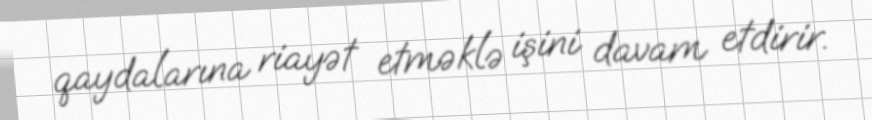
qaydalarına riayət etməklə işini davam etdirir.